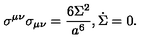
\sigma ^ { \mu \nu } \sigma _ { \mu \nu } = { \frac { 6 \Sigma ^ { 2 } } { a ^ { 6 } } } , \dot { \Sigma } = 0 .